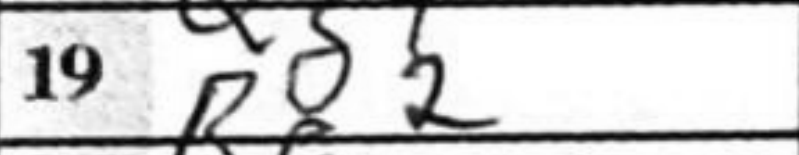
Transcription: Re2